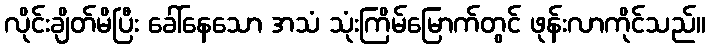
လိုင်းချိတ်မိပြီး ခေါ်နေသော အသံ သုံးကြိမ်မြောက်တွင် ဖုန်းလာကိုင်သည်။